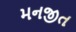
મનજીત